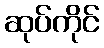
ဆုပ်ကိုင်